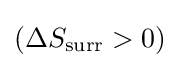
(\Delta S_{\text{surr}}>0)